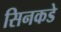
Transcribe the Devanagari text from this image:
सिनकडे